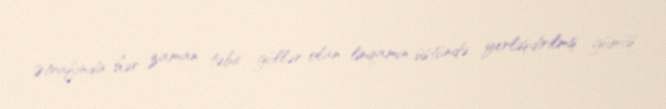
Ətrafında hər zaman təbii güllər olan linqamın üstündə yerləşdirilmiş gümüş